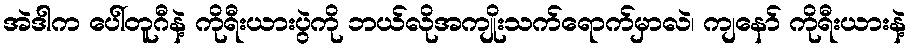
အဲဒါက ပေါ်တူဂီနဲ့ ကိုရီးယားပွဲကို ဘယ်လိုအကျိုးသက်ရောက်မှာလဲ၊ ကျနော် ကိုရီးယားနဲ့